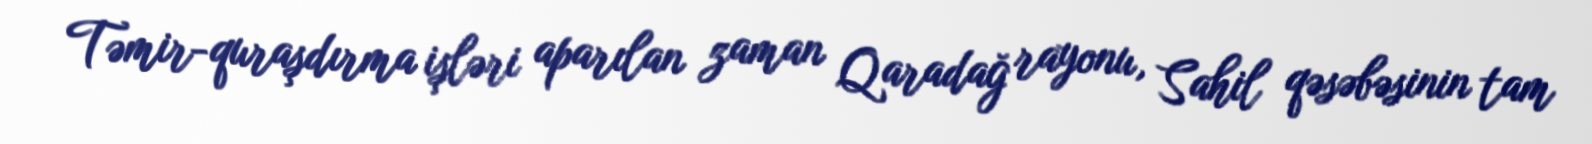
Təmir-quraşdırma işləri aparılan zaman Qaradağ rayonu, Sahil qəsəbəsinin tam